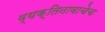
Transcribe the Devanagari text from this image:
व्यक्तिनावाचेच